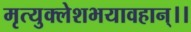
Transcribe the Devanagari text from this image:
मृत्युक्लेशभयावहान्।।